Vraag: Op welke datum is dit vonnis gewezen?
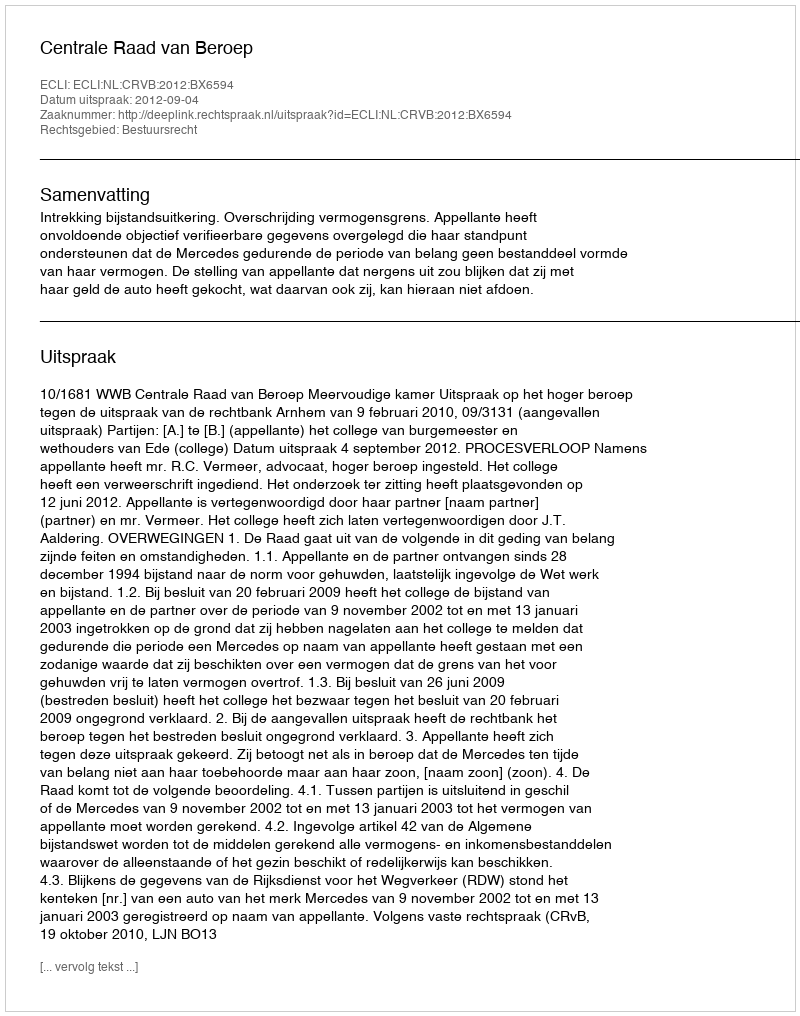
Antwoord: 2012-09-04